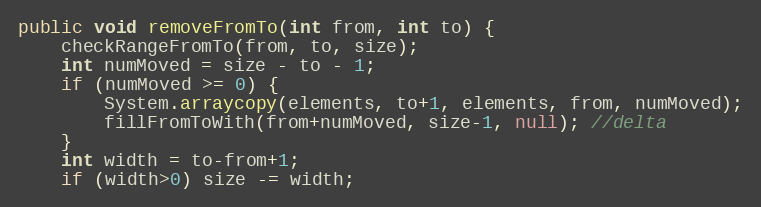
Language: Java
public void removeFromTo(int from, int to) {
	checkRangeFromTo(from, to, size);
	int numMoved = size - to - 1;
	if (numMoved >= 0) {
		System.arraycopy(elements, to+1, elements, from, numMoved);
		fillFromToWith(from+numMoved, size-1, null); //delta
	}
	int width = to-from+1;
	if (width>0) size -= width;